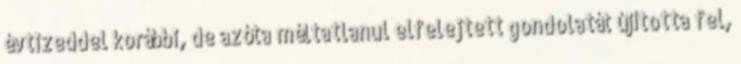
évtizeddel korábbi, de azóta méltatlanul elfelejtett gondolatát újította fel,